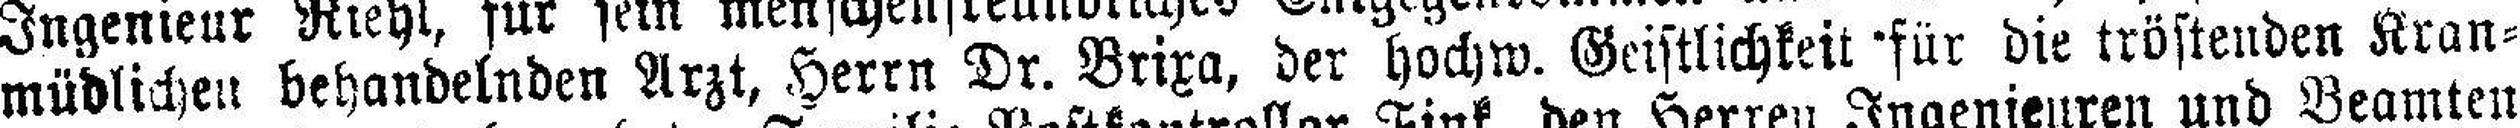
müdlichen behandelnden Arzt, Herrn Dr. Brixa, der hochw. Geistlichkeit für die tröstenden Kran¬